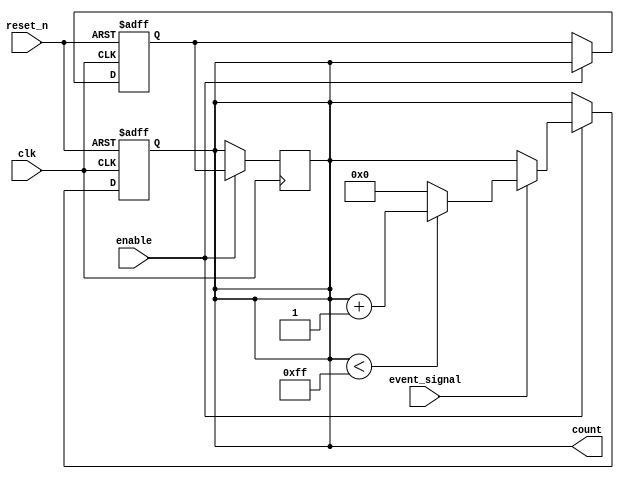
module event_counter (
    input wire clk,             // Clock input
    input wire reset_n,         // Asynchronous active-low reset
    input wire enable,          // Enable signal for counting
    input wire event_signal,     // Event signal to trigger counting
    output reg [7:0] count      // 8-bit output count
);

    // Memory block to store count
    reg [7:0] memory_block; // 8-bit memory block

    always @(posedge clk or negedge reset_n) begin
        if (!reset_n) begin
            // Asynchronous reset: set count and memory block to zero
            count <= 8'b0;
            memory_block <= 8'b0;
        end else if (enable) begin
            // Count on rising edge of event_signal
            if (event_signal) begin
                if (count < 8'hFF) begin
                    count <= count + 1; // Increment count
                end else begin
                    count <= 8'b0; // Wrap around to zero on overflow
                end
            end
            // Store current count into memory block
            memory_block <= count;
        end
    end

    // Load preset value from memory block (for initialization)
    always @(posedge clk) begin
        if (enable) begin
            count <= memory_block; // Load from memory block
        end
    end

endmodule